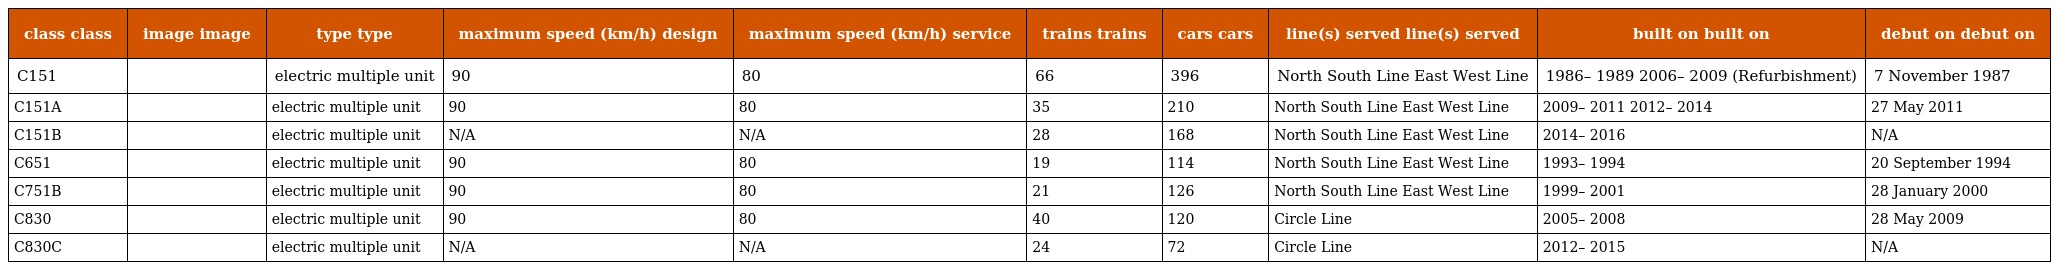
| class class | image image | type type | maximum speed (km/h) design | maximum speed (km/h) service | trains trains | cars cars | line(s) served line(s) served | built on built on | debut on debut on |
 | --- | --- | --- | --- | --- | --- | --- | --- | --- | --- |
 | C151 |  | electric multiple unit | 90 | 80 | 66 | 396 | North South Line East West Line | 1986– 1989 2006– 2009 (Refurbishment) | 7 November 1987 |
 | C151A |  | electric multiple unit | 90 | 80 | 35 | 210 | North South Line East West Line | 2009– 2011 2012– 2014 | 27 May 2011 |
 | C151B |  | electric multiple unit | N/A | N/A | 28 | 168 | North South Line East West Line | 2014– 2016 | N/A |
 | C651 |  | electric multiple unit | 90 | 80 | 19 | 114 | North South Line East West Line | 1993– 1994 | 20 September 1994 |
 | C751B |  | electric multiple unit | 90 | 80 | 21 | 126 | North South Line East West Line | 1999– 2001 | 28 January 2000 |
 | C830 |  | electric multiple unit | 90 | 80 | 40 | 120 | Circle Line | 2005– 2008 | 28 May 2009 |
 | C830C |  | electric multiple unit | N/A | N/A | 24 | 72 | Circle Line | 2012– 2015 | N/A |